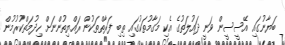
ބަޔާނުގައި އޭސީސީން ވަނީ ދައުލަތުގެ އެކި މަގާމުތަކުގައި ތިބި ފަރާތްތަކުން ރައްޔިތުންނަށް ހިދުމަތްކުރުމުން